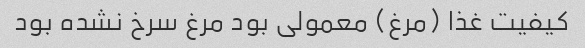
کیفیت غذا (مرغ) معمولی بود مرغ سرخ نشده بود